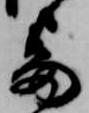
番